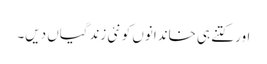
اور کتنے ہی خاندانوں کو نئی زندگیاں دیں۔